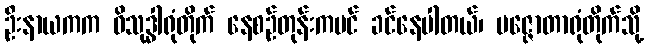
ဦးနာယကက ဝိသုဒ္ဓါရုံတိုက် နေစဉ်တုန်းကပင် ခင်နေပါတယ်၊ ပဇ္ဇောတာရုံတိုက်သို့